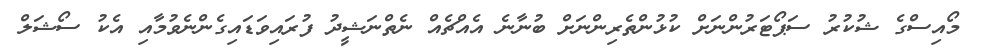
މޯއިސްގެ ޝުކުރު ސަޕޯޓަރުންނަށް ކުޅުންތެރިންނަށް ބުނާނެ އެއްޗެއް ނެތްނަޝީދު ފުރައިވަޑައިގެންނެވުމާއި އެކު ސޯޝަލް